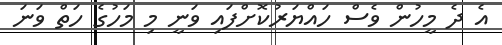
އެ ދެ މީހުން ވެސް ހައްޔަރުކޮށްފައި ވަނީ މި މަހުގެ ހަތް ވަނަ